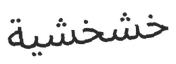
خشخشية